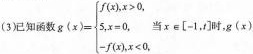
(3)已知函数$$g(x)= \left\{ \begin{matrix} f(x),x>0 \\ 5,x=0, \\ -f(x),x<0,\end{matrix} \right.$$ 当$$x\in \left [ -1，t\right ]$$时，g(x)